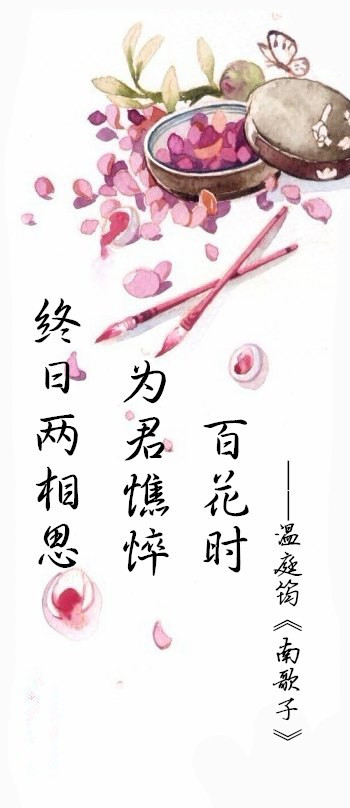
终日两相思。为君憔悴尽，百花时。